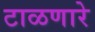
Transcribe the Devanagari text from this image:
टाळणारे